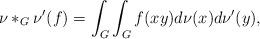
LaTeX: \begin{align*}\nu\ast_G\nu'(f)=\int_G\int_G f(xy)d\nu(x)d\nu'(y),\end{align*}